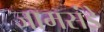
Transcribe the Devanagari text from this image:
जामसंडे